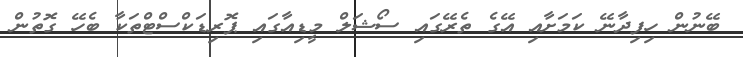
ބޭނުން ހިފިދާނޭ ކަމަށާއި އޭގެ ތެރޭގައި ސޯޝަލް މީޑިއާގައި ޕޮރިޑަކްސްޓްތަކާ ބެހޭ ގޮތުން